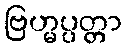
ဗြဟ္မပ္ပတ္တာ